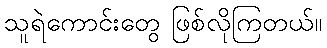
သူရဲကောင်းတွေ ဖြစ်လိုကြတယ်။